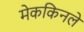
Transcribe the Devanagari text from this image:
मेककिनले